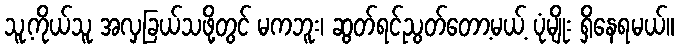
သူ့ကိုယ်သူ အလှခြယ်သဖို့တွင် မကဘူး၊ ဆွတ်ရင်ညွတ်တော့မယ့် ပုံမျိုး ရှိနေရမယ်။